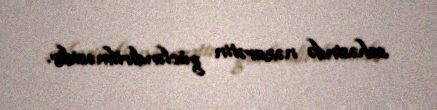
sahəsində nəzarətin gücləndirilməsidir.